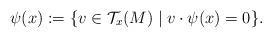
LaTeX: \begin{align*}{\psi(x)}:= \{ v \in \mathcal{T}_x(M) \mid v \cdot \psi(x) = 0 \}. \end{align*}